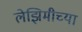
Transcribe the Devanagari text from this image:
लेझिमीच्या